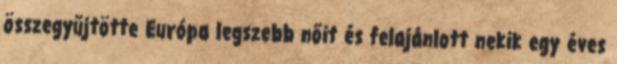
összegyűjtötte Európa legszebb nőit és felajánlott nekik egy éves